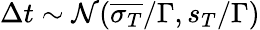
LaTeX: \Delta t\sim\mathcal{N}(\overline{{\sigma_{T}}}/\Gamma,s_{T}/\Gamma)